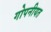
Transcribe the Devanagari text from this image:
गोपनीयत